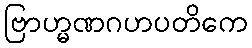
ဗြာဟ္မဏဂဟပတိကေ